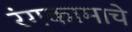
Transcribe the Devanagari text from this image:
रंगकामाचे